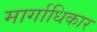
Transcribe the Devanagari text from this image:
मार्गाधिकार